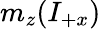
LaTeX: m_{z}(I_{+x})